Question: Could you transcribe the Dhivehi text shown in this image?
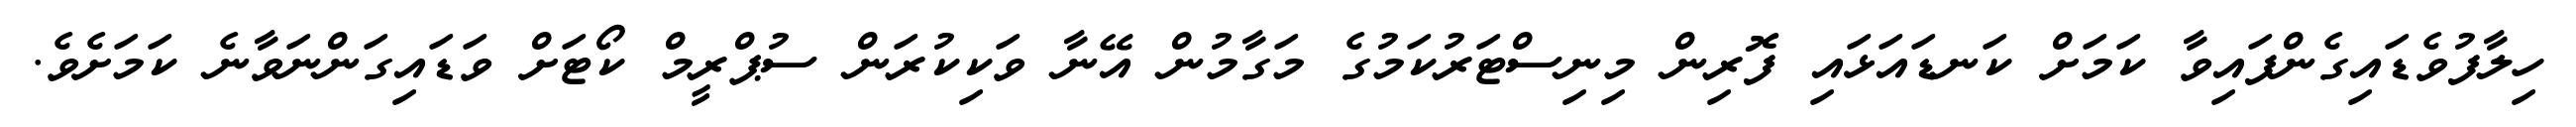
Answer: ހިލާފުވެޑައިގެންފައިވާ ކަމަށް ކަނޑައަޅައި ފޮރިން މިނިސްޓަރުކަމުގެ މަގާމުން އޭނާ ވަކިކުރަން ސުޕްރީމް ކޯޓަށް ވަޑައިގަންނަވާނެ ކަމަށެވެ.